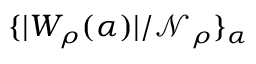
\{ { | W _ { \rho } ( \alpha ) | } / { \mathcal { N } _ { \rho } } \} _ { \alpha }